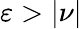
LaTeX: \varepsilon>|\nu|